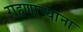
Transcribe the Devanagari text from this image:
राहणार्‍याना